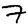
Digit: 7